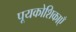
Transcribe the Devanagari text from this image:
पूयकोशिकाएँ